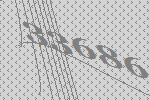
33686